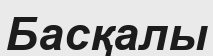
Басқалы